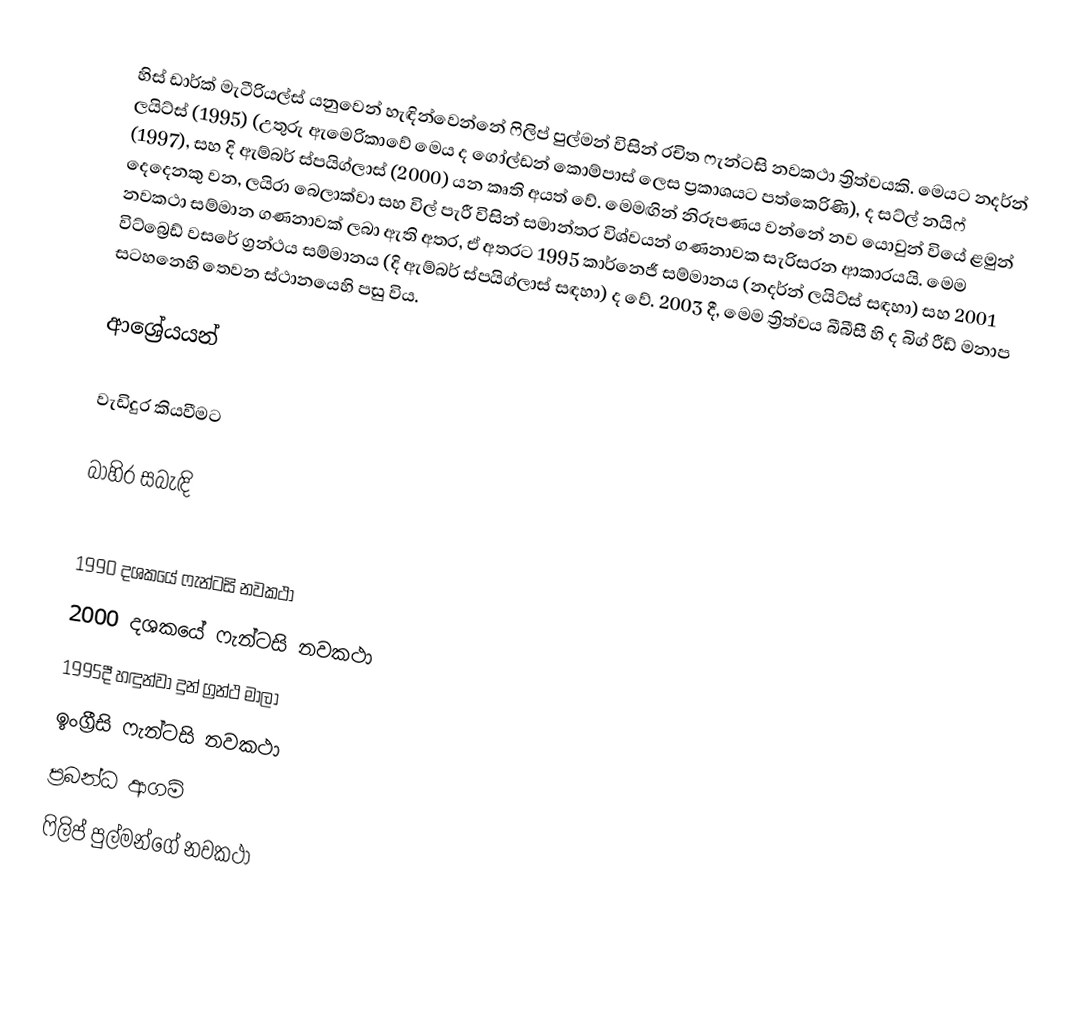
හිස් ඩාර්ක් මැටීරියල්ස් යනුවෙන් හැඳින්වෙන්නේ ෆිලිප් පුල්මන් විසින් රචිත ෆැන්ටසි නවකථා ත්‍රිත්වයකි. මෙයට නදර්න් ලයිට්ස් (1995) (උතුරු ඇමෙරිකාවේ මෙය ද ගෝල්ඩන් කොම්පාස් ලෙස ප්‍රකාශයට පත්කෙරිණි), ද සට්ල් නයිෆ් (1997), සහ දි ඇම්බර් ස්පයිග්ලාස් (2000) යන කෘති අයත් වේ. මෙමඟින් නිරූපණය වන්නේ නව යොවුන් වියේ ළමුන් දෙදෙනකු වන, ලයිරා බෙලාක්වා සහ විල් පැරී විසින් සමාන්තර විශ්වයන් ගණනාවක සැරිසරන ආකාරයයි. මෙම නවකථා සම්මාන ගණනාවක් ලබා ඇති අතර, ඒ අතරට 1995  කාර්නෙජී සම්මානය (නදර්න් ලයිට්ස් සඳහා) සහ 2001 විට්බ්‍රෙඩ් වසරේ ග්‍රන්ථය සම්මානය (දි ඇම්බර් ස්පයිග්ලාස් සඳහා) ද වේ. 2003 දී, මෙම ත්‍රිත්වය බීබීසී හි ද බිග් රීඩ් මනාප සටහනෙහි තෙවන ස්ථානයෙහි පසු විය.

ආශ්‍රේයයන්

වැඩිදුර කියවීමට

බාහිර සබැඳි

1990 දශකයේ ෆැන්ටසි නවකථා
2000 දශකයේ ෆැන්ටසි නවකථා
1995දී හඳුන්වා දුන් ග්‍රන්ථ මාලා
ඉංග්‍රීසි ෆැන්ටසි නවකථා
ප්‍රබන්ධ ආගම්
ෆිලිප් පුල්මන්ගේ නවකථා